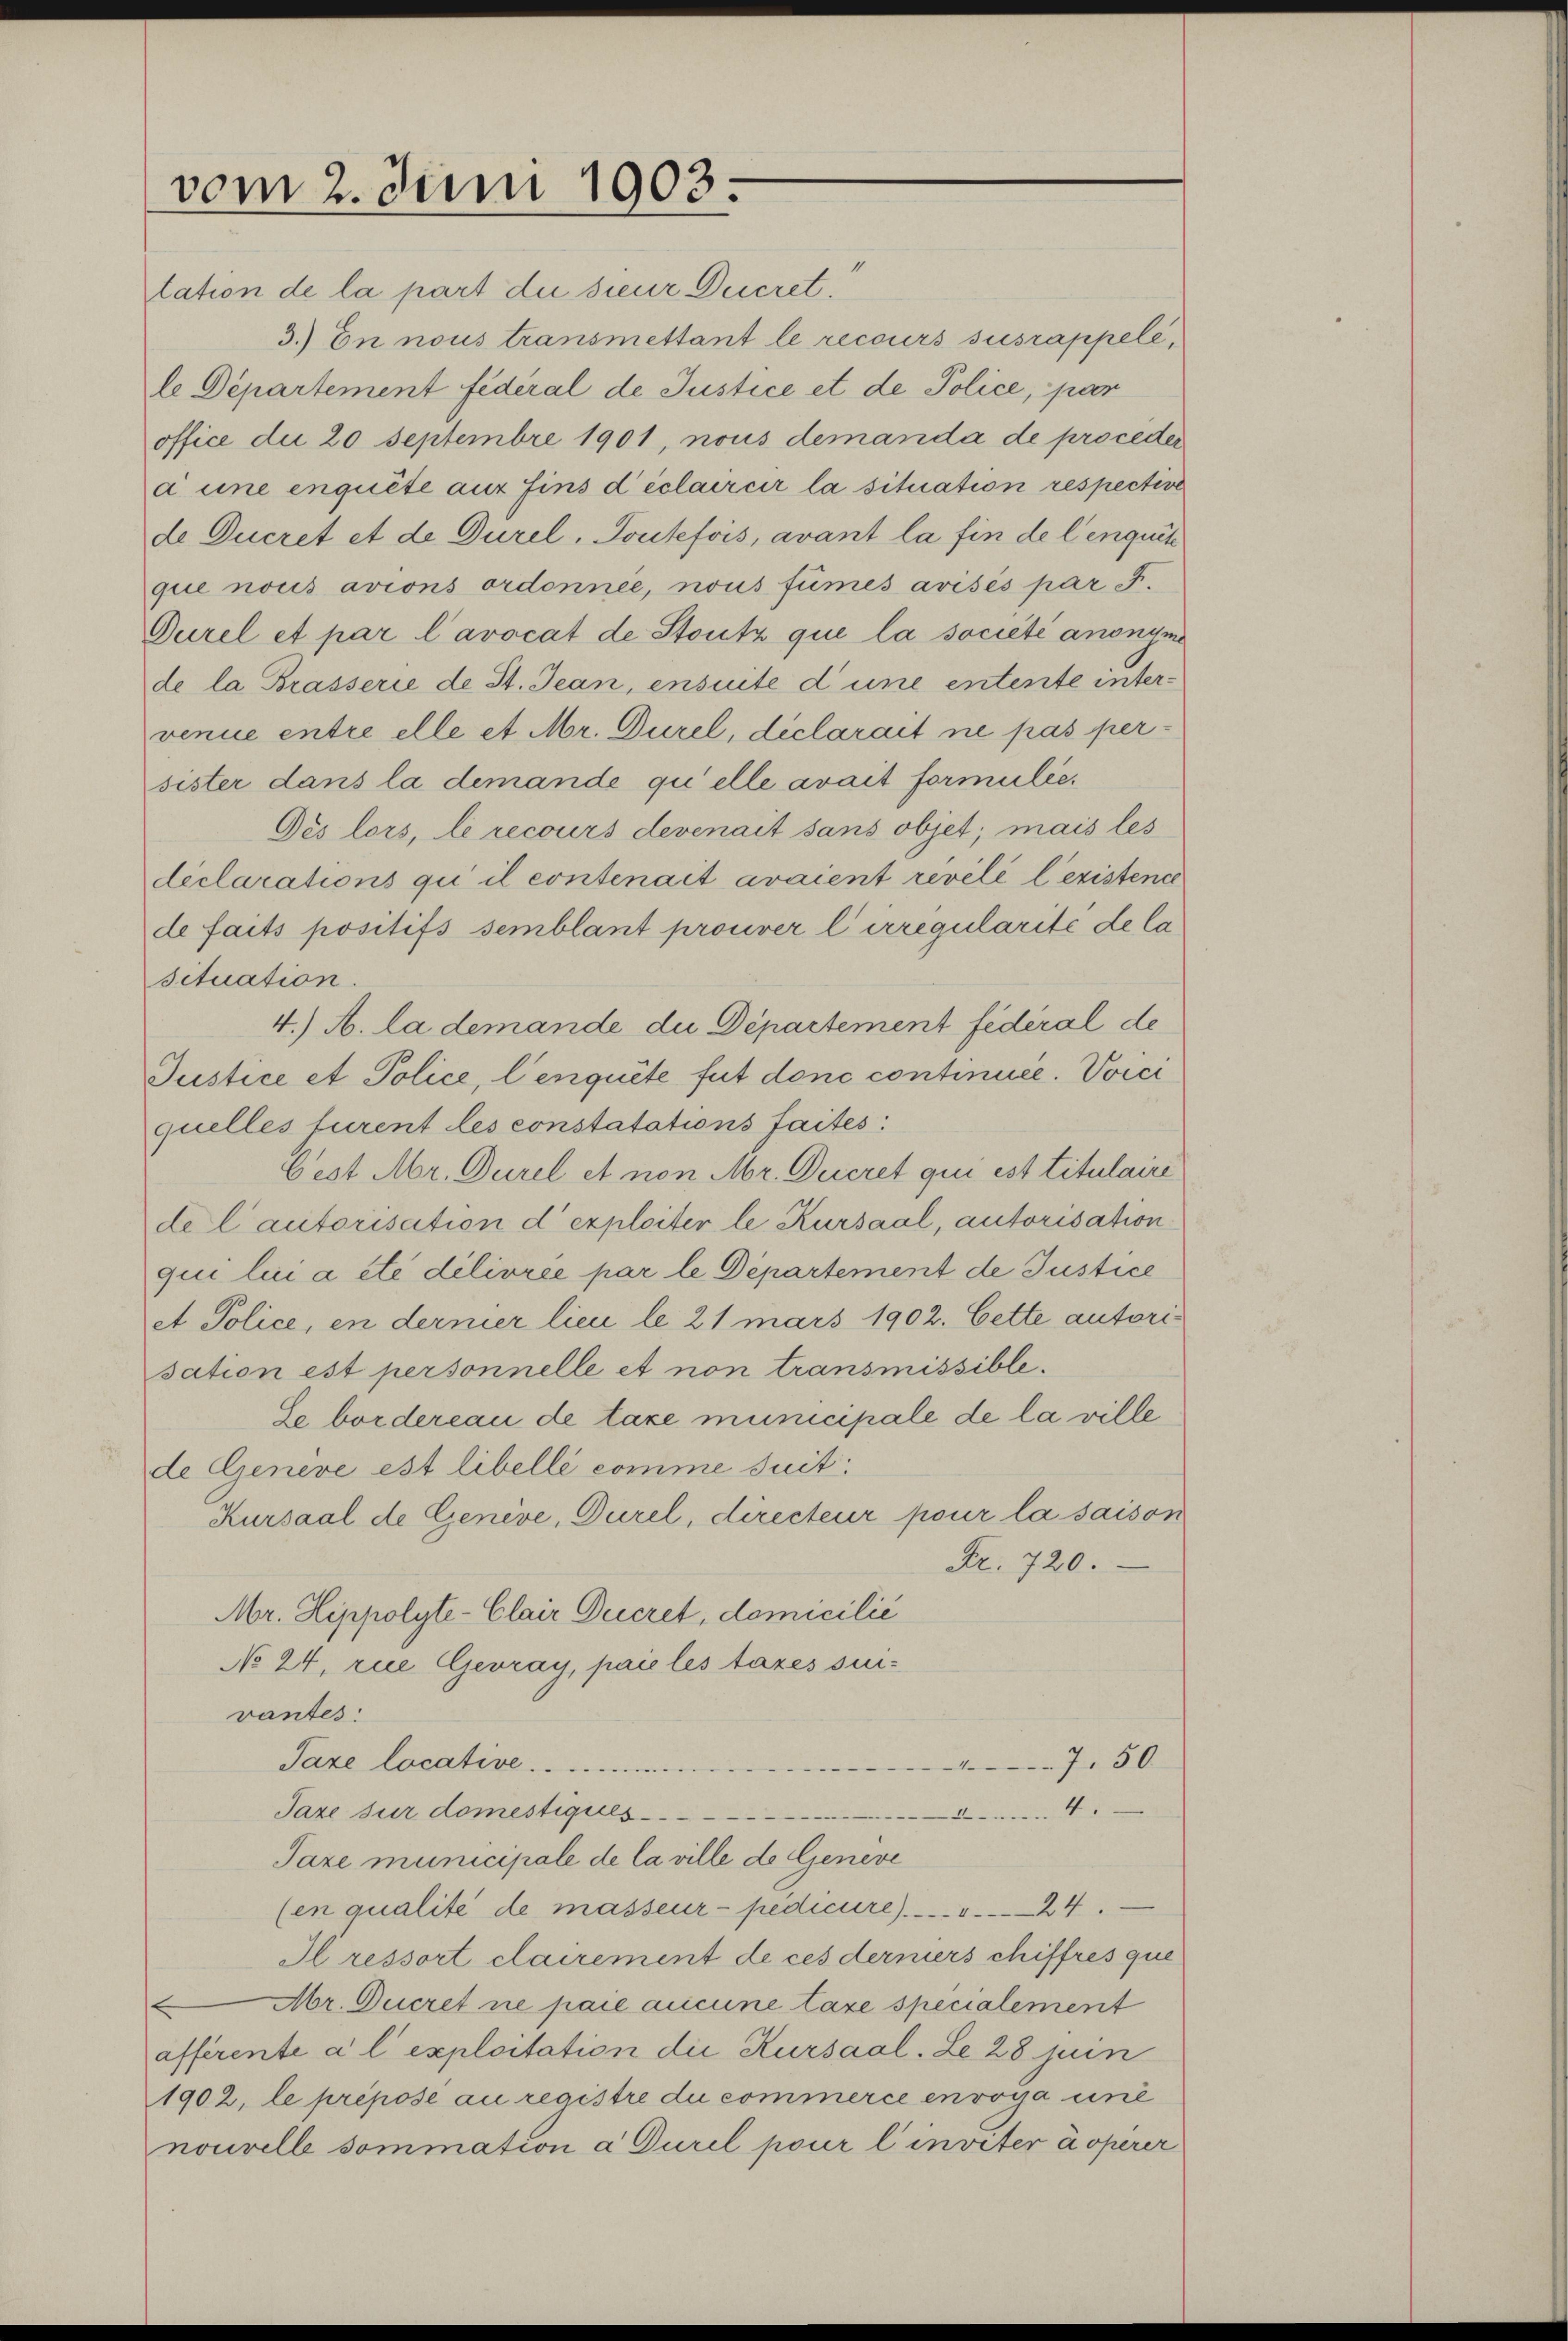
vom 2. Juni 1903.

tation de la part du sieur Decret.
3.) In nous transmettant le recours susrappele,
le Departement Federal de Justice et de Police, par
office du 20 Septembre 1901, nous demanda de proceder
a eine enquête aus fins déclaircir la situation respective
de Ducret et de Durel, Toutefois, avant la fin de lenquit
que nous avions ordonnée, nous fumés avisés par d.
Durel et par l’avocat de Stutz que la société anonyme
de la Brasserie de St. Jean, ensuite d’une entente intervenue entre elle et Mr. Durel, déclarait ne pas persister dans la demande quelle avait formulie¬
Dés lors, le recours devenait sans objet; mais les
diclarations qui il contenait avaient reveli lexistence
de faits positifs semblant prouver l irregularité de la
situation.
4.) A la demande die Departement fédéral de
Justice et Police, lenquite fut donc continuice. Voici
quelles furent les constatations faites:
Cest Mr. Durel et non Mr. Decret qui est titulaire
de l’autorisation d exploiter le Kursaal, autorisation
qui lui a été dilivrée par le Departement de Justice
et Police, en dernier lieu le 21 mars 1902. Cette autorisation est personnelle et non transmissible.
Se bordereau de taxe municipale de la ville
de Geneve est libelli comme suit:
Kursaal de Genève, Durel, directeur pour la saison
Fr. 720.
Mr. Hippolyte-Clair Decret, domicilić
No 24. rue Gebray, paie les taxes survantes:
Paze locative. ..  ..
750
Jaze sur domestiques
n
Taxe municipale de la ville de Geneve
(en qualité de masseur- pedicire) . . . . . . 24
Il ressort clairement de ces derniers chiffres que
Mr. Ducret ne paie aucune taxe specialement
affirente a l exploitation die Kursaal. Le 28 jun
1902, le préposé au registre du commerce envoya eine
nouvelle sommation a Purel pour l inviter asperer